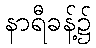
နာရီခန့်၌